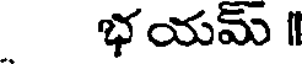
భయమ్ I